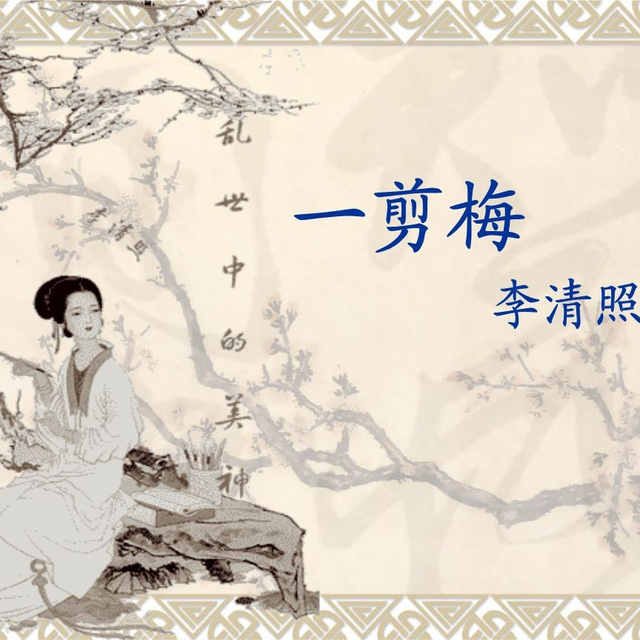
此情无计可消除，才下眉头，却上心头。